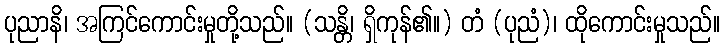
ပုညာနိ၊ အကြင်ကောင်းမှုတို့သည်။ (သန္တိ၊ ရှိကုန်၏။) တံ (ပုညံ)၊ ထိုကောင်းမှုသည်။